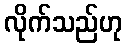
လိုက်သည်ဟု